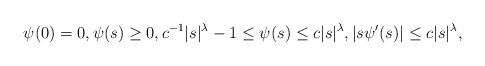
LaTeX: \begin{align*} \psi(0)=0,\psi(s)\geq 0,c^{-1}|s|^\lambda-1\leq \psi(s)\leq c|s|^\lambda, |s\psi'(s)|\leq c |s|^\lambda,\end{align*}